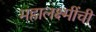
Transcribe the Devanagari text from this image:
महालक्ष्मींची